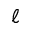
\ell